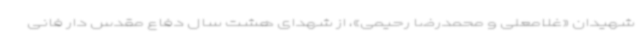
شهیدان «غلامعلی و محمدرضا رحیمی»، از شهدای هشت سال دفاع مقدس دار فانی